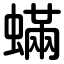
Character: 蟎